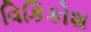
વિકિકોશ